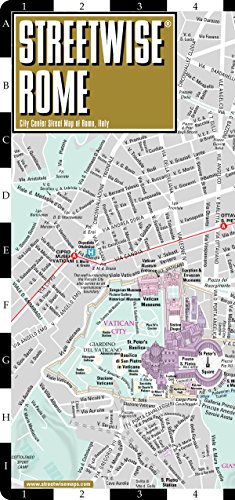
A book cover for Streetwise Rome Map - Laminated City Center Street Map of Rome, Italy - Folding pocket size travel map with metro map, subway; Streetwise Maps; Reference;